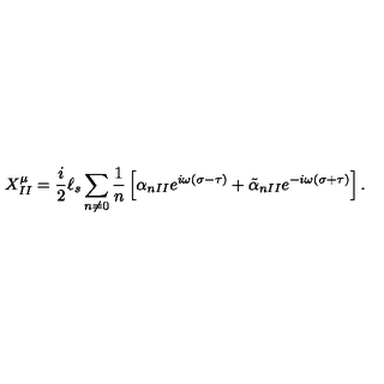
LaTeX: X _ { I I } ^ { \mu } = \frac { i } { 2 } { \ell } _ { s } \sum _ { n \neq 0 } \frac { 1 } { n } \left[ \alpha _ { n I I } e ^ { i \omega ( \sigma - \tau ) } + \tilde { \alpha } _ { n I I } e ^ { - i \omega ( \sigma + \tau ) } \right] .